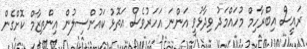
ރައީސް އިބްރާހިމް މުހައްމަދު ވިދާޅުވީ އަންނަ އަހަރުވެސް އަތޮޅު ކައުންސިލުން އިންތިޒާމް ކޮށްގެން